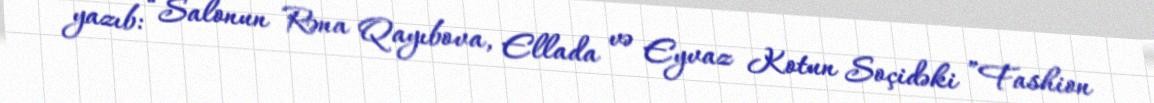
yazıb: “Salonun Rəna Qayıbova, Ellada və Eyvaz Kotun Soçidəki ”Fashion